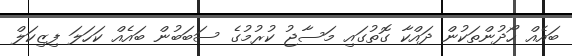
ބައެއް ހޯދުންތަކުން ދައްކާ ގޮތުގައި މަސާޖު ކުރުމުގެ ސަބަބުން ބައެއް ކަހަލަ ފިޒިކަލް